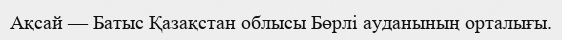
Ақсай — Батыс Қазақстан облысы Бөрлі ауданының орталығы.